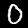
Digit: 0